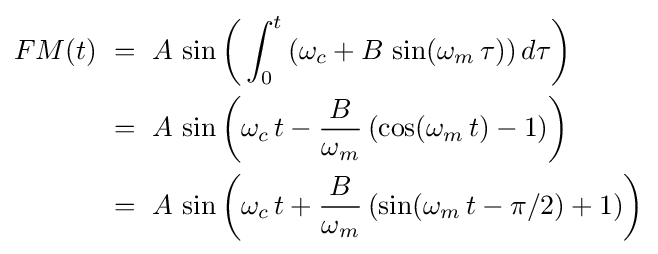
{\begin{aligned}FM(t)&\ =\ A\,\sin \left(\,\int _{0}^{t}\left(\omega _{c}+B\,\sin(\omega _{m}\,\tau )\right)d\tau \right)\\&\ =\ A\,\sin \left(\omega _{c}\,t-{\frac {B}{\omega _{m}}}\left(\cos(\omega _{m}\,t)-1\right)\right)\\&\ =\ A\,\sin \left(\omega _{c}\,t+{\frac {B}{\omega _{m}}}\left(\sin(\omega _{m}\,t-\pi /2)+1\right)\right)\\\end{aligned}}